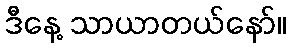
ဒီနေ့ သာယာတယ်နော်။